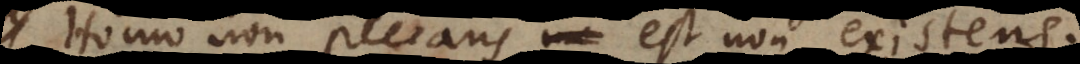
Homo non peccans est non existens.